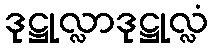
ဒုဋ္ဌုလ္လာဒုဋ္ဌုလ္လံ